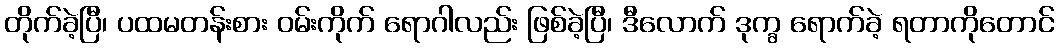
တိုက်ခဲ့ပြီ၊ ပထမတန်းစား ဝမ်းကိုက် ရောဂါလည်း ဖြစ်ခဲ့ပြီ၊ ဒီလောက် ဒုက္ခ ရောက်ခဲ့ ရတာကိုတောင်